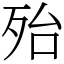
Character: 殆